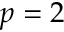
p = 2